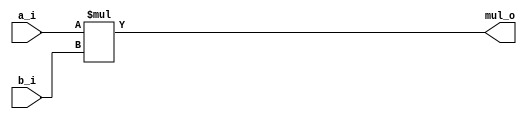
module mults
#(parameter N = 32)
(
input signed [N-1:0] a_i,
input signed [N-1:0] b_i,
output signed [2*N-1:0] mul_o
);

assign mul_o = a_i * b_i; 

endmodule